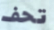
تحف